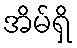
အိမ်ရှိ